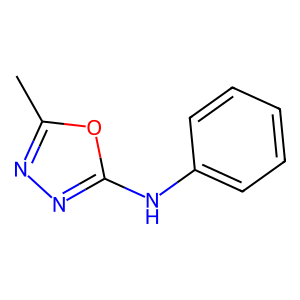
SMILES: Cc1nnc(Nc2ccccc2)o1
Inhibits HIV replication: No